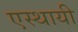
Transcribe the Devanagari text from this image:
एस्थायी